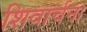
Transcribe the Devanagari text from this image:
शिवार्चना